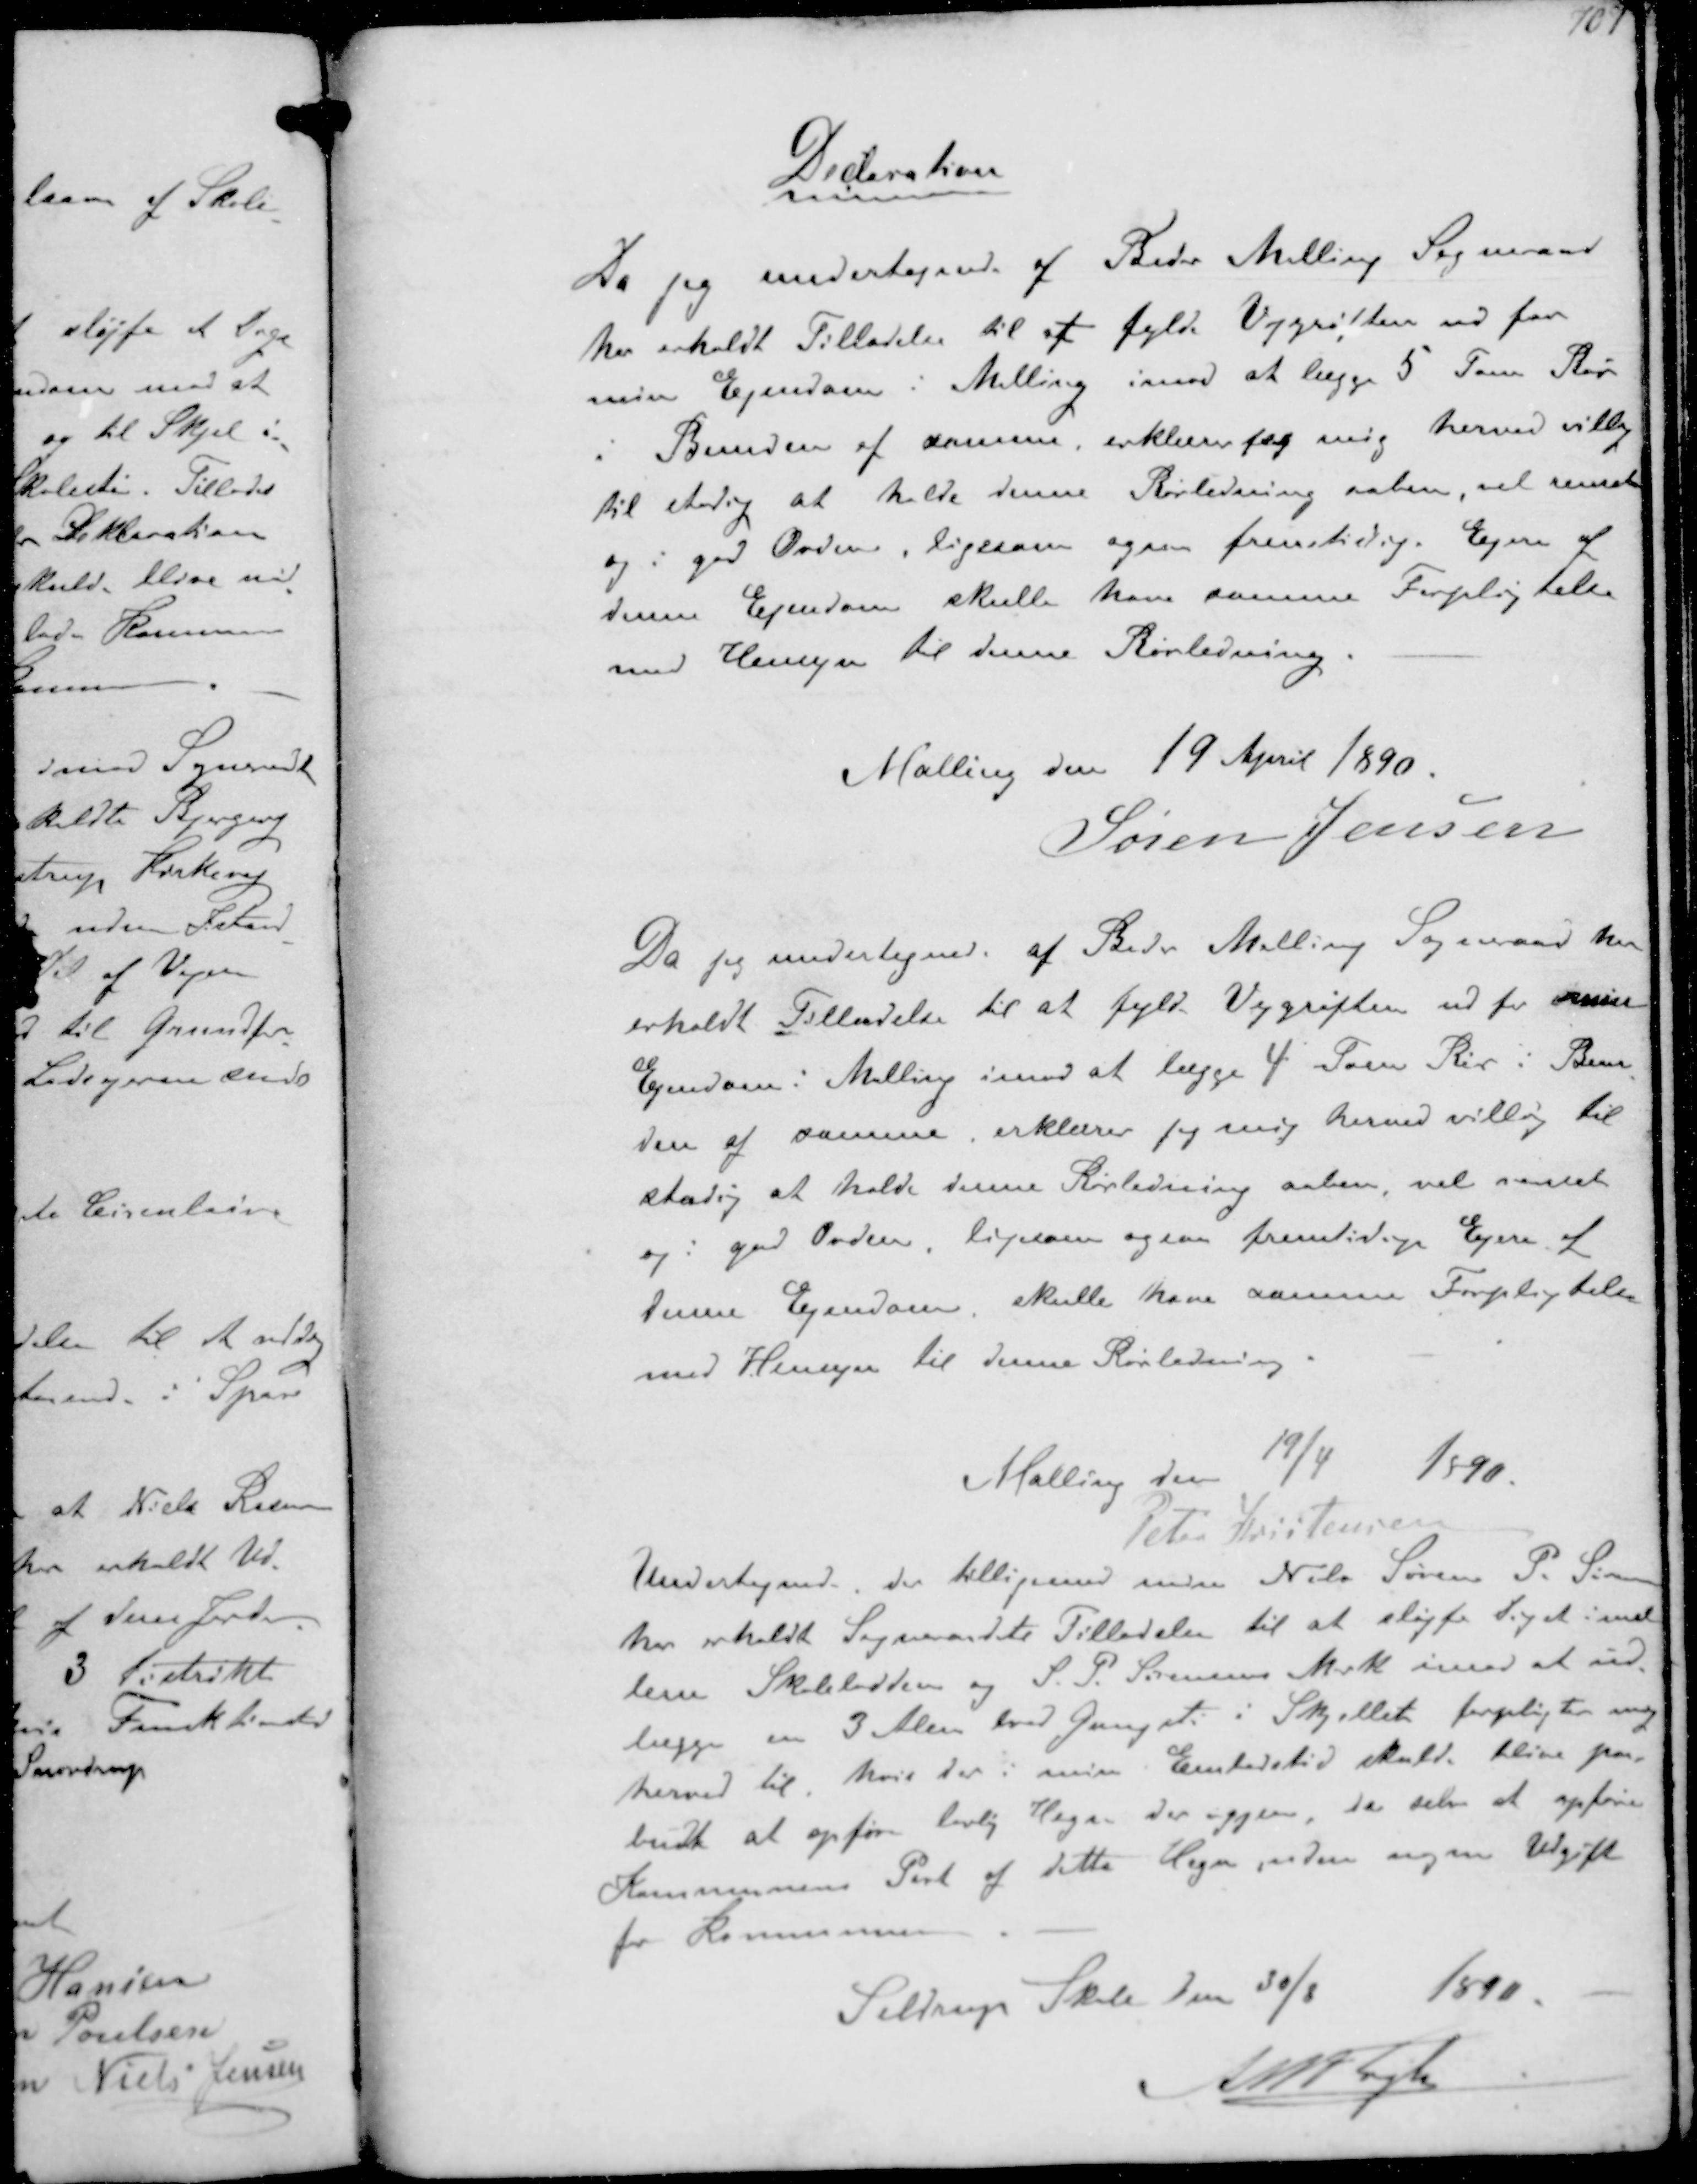
Transskription:
Declaration

Da jeg undertegnede af Beder Malling Sogneraad
har erholdt Tilladelse til at fylde Vejgrøften ud for
min Ejendom i Malling imod at lægge 5 Tom Rør
Bunden af samme, erklære jeg mig herved villig
til stadig at holde denne Rørledning aaben vel renset
og i god Orden, Ligesom ogsaa fremtidige Ejere af
denne Ejendom skulle have samme Forpligtelse
med Hensyn til denne Rørledning.

Malling den 14 April 1890
Søren Jensen

Da jeg undertegned af Beder Malling Sogneraad har
erholdt Tilladelse til at fylde Vejgrøften ud for min
Ejendom i Malling imod at lægge 4 Tom Rør i Bun-
den af samme, erklærer jeg mig herved villig til
stadig at holde denne Rørledning aaben, vel renset
og i god Orden, ligesom ogsaa fremtidige Ejere af
denne Ejendom, skulle kave samme Forpligtelse
med Hensyn til denne Rørledning

Malling den !9/4
1890.
Peter Kristensen
Undertegnede, der tilligemed min Nabo Søren P Sørensen
har erholdt Sogneraadets Tilladelse til at sløjfe Diget imel-
lem Skolelodden og S. P. Sørensens Mark imod at ud-
lægge en 3 Alen bred Gangsti i Skellet forpligter mig
herved til, hvis der i min Embedstid skulde blive paa-
budt at opføre lovlig Hegn. der igjen, da selv at opføre
Kommunens Part af dette Regn uden nogen Udgift
for Kommunen

Seldrup Skole Den 30/8 1890
A M Fogh